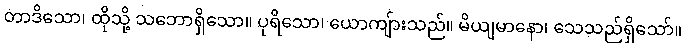
တာဒိသော၊ ထိုသို့ သဘောရှိသော။ ပုရိသော၊ ယောကျ်ားသည်။ မိယျမာနော၊ သေသည်ရှိသော်။